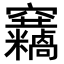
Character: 𥩓